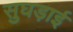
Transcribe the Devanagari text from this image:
सुघड़ाई